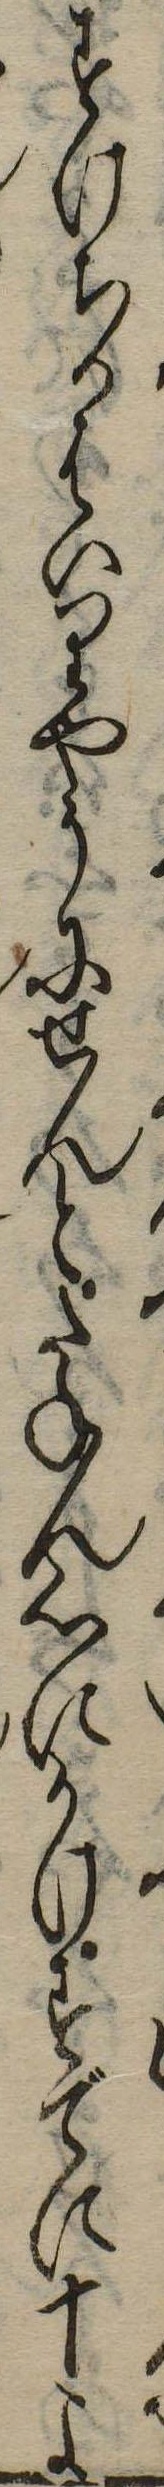
すけちかはいりやうにせんとたねん心にかけすでに十よ